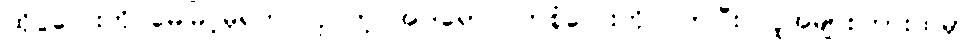
ထိုပွဲလေးကို မေမြင့်မိုရ်က လှပတဲ့ အဝါရောင်ဝတ်စုံလေးကို ဝတ်ပြီး လူအများကြားထဲမှာ